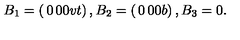
B _ { 1 } = \left( \begin{matrix} { 0 } & { } & { 0 } \\ { } & { } & { } \\ { 0 } & { } & { v t } \\ \end{matrix} \right) , B _ { 2 } = \left( \begin{matrix} { 0 } & { } & { 0 } \\ { } & { } & { } \\ { 0 } & { } & { b } \\ \end{matrix} \right) , B _ { 3 } = 0 .